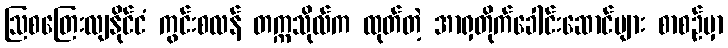
ဩစတြေးလျနိုင်ငံ ကွင်းစလန် တက္ကသိုလ်က ထုတ်တဲ့ အာရှတိုက်ခေါင်းဆောင်များ စာစဉ်မှာ